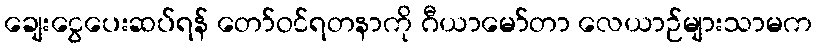
ချေးငွေပေးဆပ်ရန် တော်ဝင်ရတနာကို ဂီယာမော်တာ လေယာဉ်များသာမက